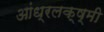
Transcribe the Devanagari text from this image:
आंध्रलक्ष्मी